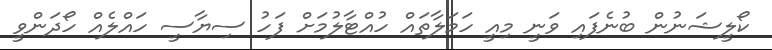
ކޯލީޝަނުން ބުނެފައި ވަނީ މިއީ ހަމަލާތައް ހުއްޓާލުމަށް ފަހު ސިޔާސީ ހައްލެއް ހޯދަންވީ